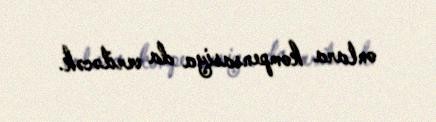
onlara kompensasiya da veriləcək.